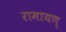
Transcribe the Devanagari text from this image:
रामायण्